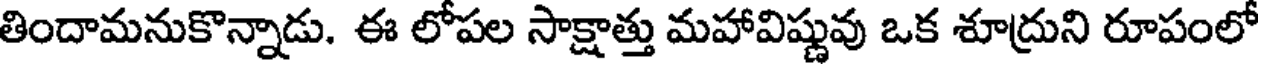
తిందామనుకొన్నాడు. ఈ లోపల సాక్షాత్తు మహావిష్ణువు ఒక శూద్రుని రూపంలో